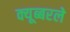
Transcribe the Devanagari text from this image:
क्यूब्बरले